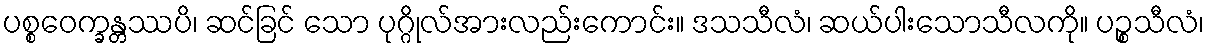
ပစ္စဝေက္ခန္တဿပိ၊ ဆင်ခြင် သော ပုဂ္ဂိုလ်အားလည်းကောင်း။ ဒသသီလံ၊ ဆယ်ပါးသောသီလကို။ ပဉ္စသီလံ၊